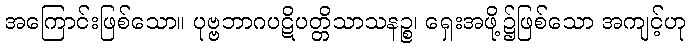
အကြောင်းဖြစ်သော။ ပုဗ္ဗဘာဂပဋိပတ္တိသာသနဉ္စ၊ ရှေးအဖို့၌ဖြစ်သော အကျင့်ဟု